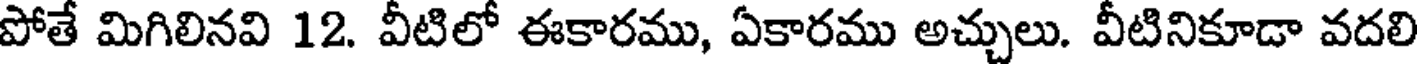
పోతే మిగిలినవి 12. వీటిలో ఈకారము, ఏకారము అచ్చులు. వీటినికూడా వదలి